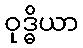
ဝုဒ္ဓိယာ